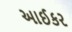
આઈકર